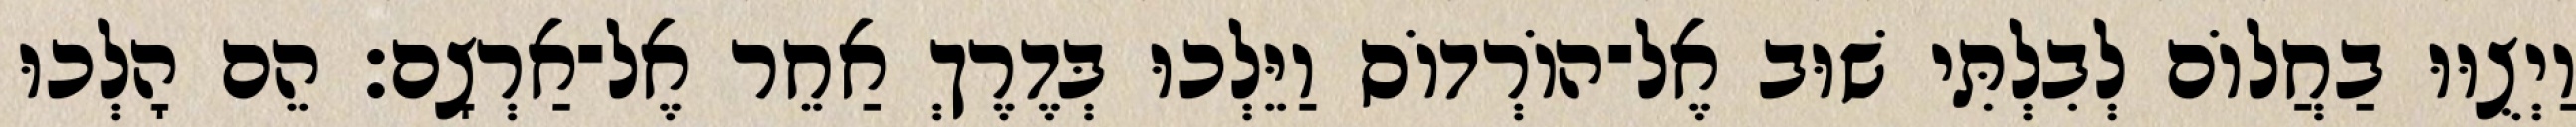
וַיְצֻוּוּ בַחֲלוֹם לְבִלְתִּי שׁוּב אֶל־הוֹרְדוֹס וַיֵּלְכוּ בְּדֶרֶךְ אַחֵר אֶל־אַרְצָם׃ הֵם הָלְכוּ